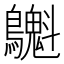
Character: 𪇫